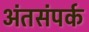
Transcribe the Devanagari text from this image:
अंतसंपर्क